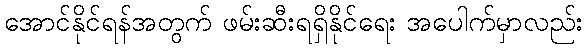
အောင်နိုင်ရန်အတွက် ဖမ်းဆီးရရှိနိုင်ရေး အပေါက်မှာလည်း